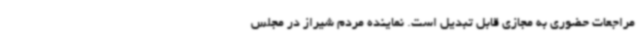
مراجعات حضوری به مجازی قابل تبدیل است. نماینده مردم شیراز در مجلس